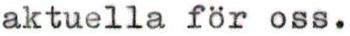
aktuella för oss.